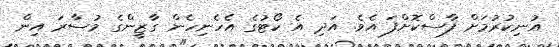
އުނިކުރުމަށް ފާސްކޮށްފަ އެވެ. އަދި އެ ކޯޓުގެ އެހެނިހެން ގާޒީންގެ މުސާރަ އިން